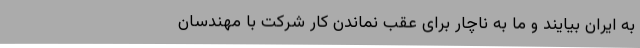
به ایران بیایند و ما به ناچار برای عقب نماندن کار شرکت با مهندسان